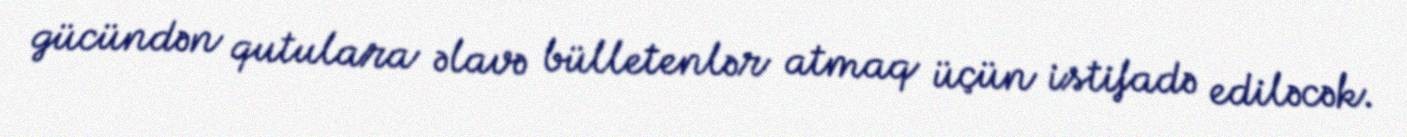
gücündən qutulara əlavə bülletenlər atmaq üçün istifadə ediləcək.